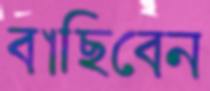
বাছিবেন